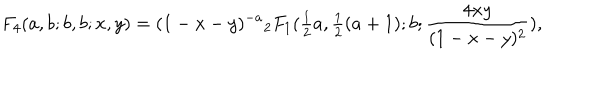
LaTeX: F _ { 4 } ( a , b ; b , b ; x , y ) = ( 1 - x - y ) ^ { - a } { } _ { 2 } F _ { 1 } ( { \textstyle { \frac { 1 } { 2 } } } a , { \textstyle { \frac { 1 } { 2 } } } ( a + 1 ) ; b ; \frac { 4 x y } { ( 1 - x - y ) ^ { 2 } } ) ,